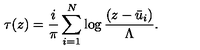
\tau ( z ) = \frac { i } { \pi } \sum _ { i = 1 } ^ { N } \log \frac { ( z - \bar { u } _ { i } ) } { \Lambda } .